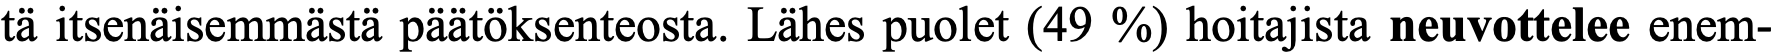
tä itsenäisemmästä päätöksenteosta. Lähes puolet (49 %) hoitajista neuvottelee enem-